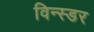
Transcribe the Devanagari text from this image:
विन्स्डर